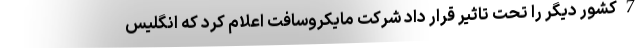
7 کشور دیگر را تحت تاثیر قرار داد شرکت مایکروسافت اعلام کرد که انگلیس